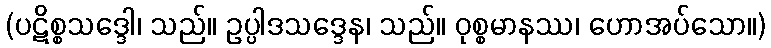
(ပဋိစ္စသဒ္ဒေါ၊ သည်။ ဥပ္ပါဒသဒ္ဒေန၊ သည်။ ဝုစ္စမာနဿ၊ ဟောအပ်သော။)